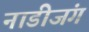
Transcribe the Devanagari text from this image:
नाडीजंग